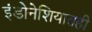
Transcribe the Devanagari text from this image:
इंडोनेशियातही